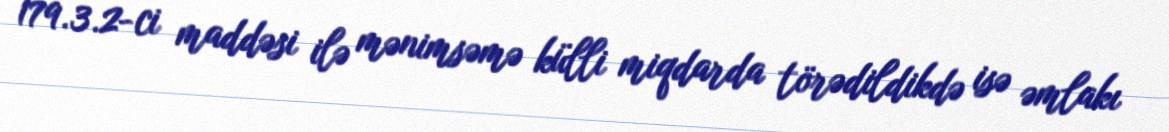
179.3.2-ci maddəsi ilə mənimsəmə külli miqdarda törədildikdə isə əmlakı